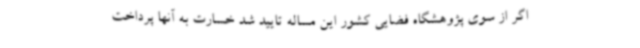
اگر از سوی پژوهشگاه فضایی کشور این مساله تایید شد خسارت به آنها پرداخت